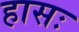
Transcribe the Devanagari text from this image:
हासः